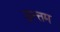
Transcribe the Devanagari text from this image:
उत्त्तम